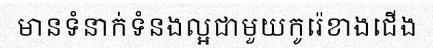
មានទំនាក់ទំនងល្អជាមួយកូរ៉េខាងជើង